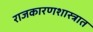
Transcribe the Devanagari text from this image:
राजकारणशास्त्रात